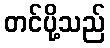
တင်ပို့သည်